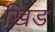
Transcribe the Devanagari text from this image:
खिड